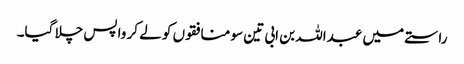
راستے میں عبداللہ بن ابی تین سو منافقوں کو لے کر واپس چلا گیا۔